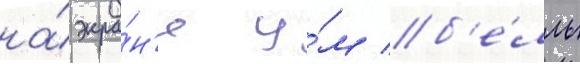
на́ экра́н'е у́м б'е́лль